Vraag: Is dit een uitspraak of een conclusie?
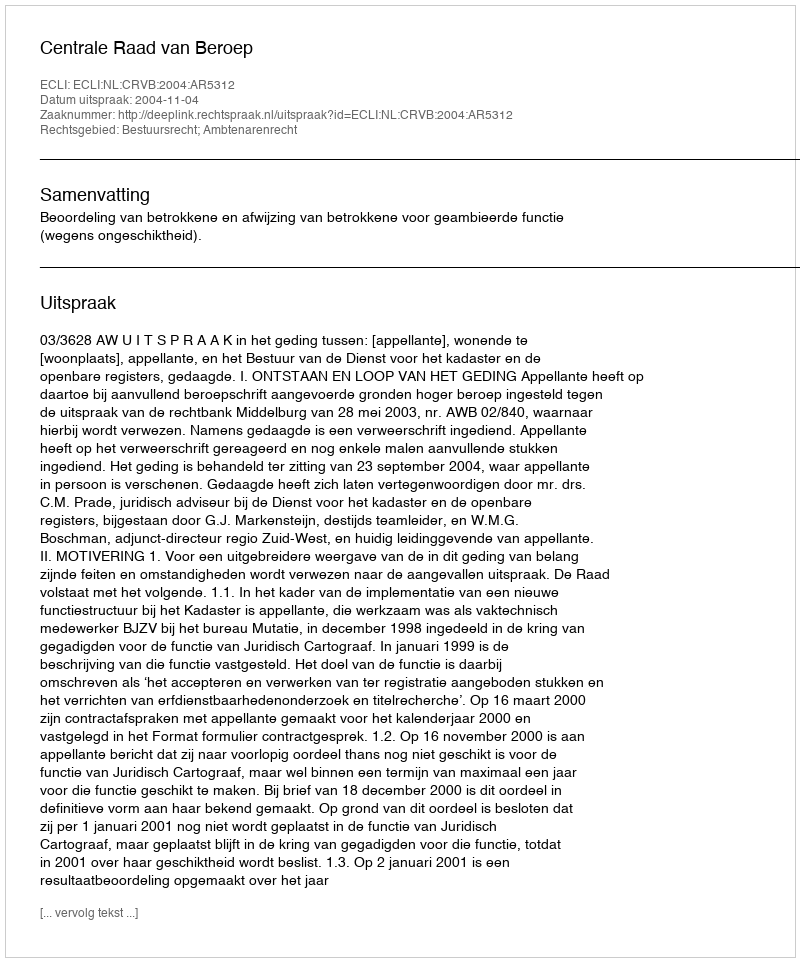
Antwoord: Uitspraak